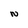
Character: N